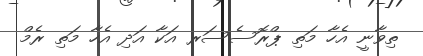
ތިވާނީ އެހާ މަތި ޕްރޮސެސަރ އަކާ އަދި އެހާ މަތި ރެމް